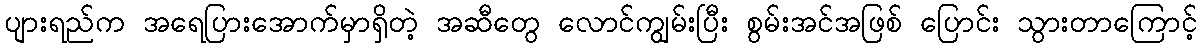
ပျားရည်က အရေပြားအောက်မှာရှိတဲ့ အဆီတွေ လောင်ကျွမ်းပြီး စွမ်းအင်အဖြစ် ပြောင်း သွားတာကြောင့်